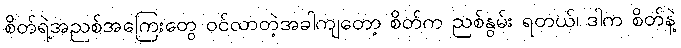
စိတ်ရဲ့အညစ်အကြေးတွေ ဝင်လာတဲ့အခါကျတော့ စိတ်က ညစ်နွမ်း ရတယ်၊ ဒါက စိတ်နဲ့